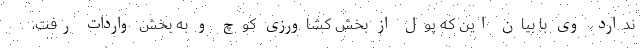
ندارد. وی با بیان این که پول از بخش کشاورزی کوچ و به بخش واردات رفت،